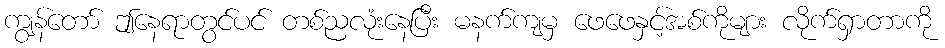
ကျွန်တော် ဤနေရာတွင်ပင် တစ်ညလုံးနေပြီး မနက်ကျမှ ဖေဖေနှင့်အစ်ကိုများ လိုက်ရှာတာကို